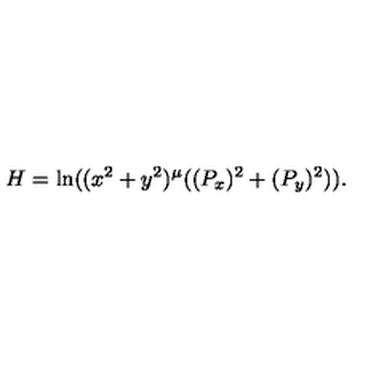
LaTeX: H = \ln ( ( x ^ { 2 } + y ^ { 2 } ) ^ { \mu } ( ( P _ { x } ) ^ { 2 } + ( P _ { y } ) ^ { 2 } ) ) .